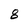
Character: 8